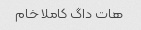
هات داگ کاملا خام